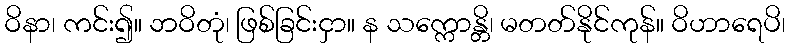
ဝိနာ၊ ကင်း၍။ ဘဝိတုံ၊ ဖြစ်ခြင်းငှာ။ န သက္ကောန္တိ၊ မတတ်နိုင်ကုန်။ ဝိဟာရေပိ၊